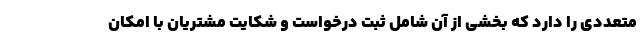
متعددي را دارد كه بخشي از آن شامل ثبت درخواست و شکایت مشتریان با امکان